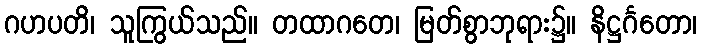
ဂဟပတိ၊ သူကြွယ်သည်။ တထာဂတေ၊ မြတ်စွာဘုရား၌။ နိဋ္ဌင်္ဂတော၊